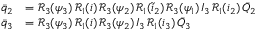
\begin{array} { r l } { \bar { q } _ { 2 } } & { = \mathcal { R } _ { 3 } ( \psi _ { 3 } ) \, \mathcal { R } _ { 1 } ( i ) \, \mathcal { R } _ { 3 } ( \psi _ { 2 } ) \, \mathcal { R } _ { 1 } ( \tilde { i } _ { 2 } ) \, \mathcal { R } _ { 3 } ( \psi _ { 1 } ) \, I _ { 3 } \, \mathcal { R } _ { 1 } ( i _ { 2 } ) \, \bar { Q } _ { 2 } } \\ { \bar { q } _ { 3 } } & { = \mathcal { R } _ { 3 } ( \psi _ { 3 } ) \, \mathcal { R } _ { 1 } ( i ) \, \mathcal { R } _ { 3 } ( \psi _ { 2 } ) \, I _ { 3 } \, \mathcal { R } _ { 1 } ( i _ { 3 } ) \, \bar { Q } _ { 3 } } \end{array}